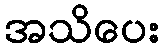
အသိပေး